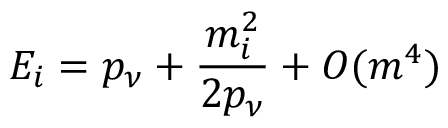
E _ { i } = p _ { \nu } + \frac { m _ { i } ^ { 2 } } { 2 p _ { \nu } } + O ( m ^ { 4 } )